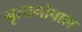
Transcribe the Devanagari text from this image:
नृत्यगोपाल